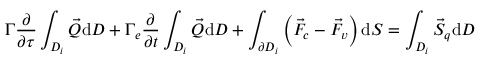
\Gamma \frac { \partial } { \partial \tau } \int _ { D _ { i } } \vec { Q } \mathrm { d } D + \Gamma _ { e } \frac { \partial } { \partial t } \int _ { D _ { i } } \vec { Q } \mathrm { d } D + \int _ { \partial D _ { i } } \left( \vec { F } _ { c } - \vec { F } _ { v } \right) \mathrm { d } S = \int _ { D _ { i } } \vec { S } _ { q } \mathrm { d } D